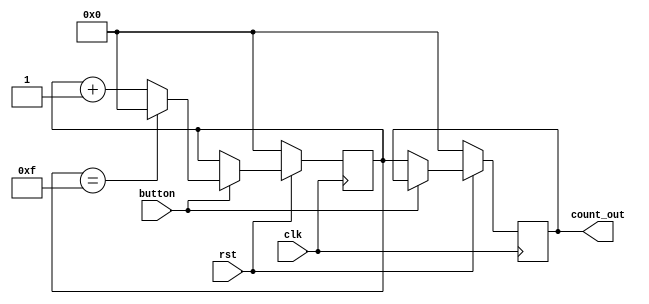
module counter(clk,rst,button,count_out);
input clk,rst,button;
output [3:0] count_out;
reg [3:0]count_out;
reg [3:0]count;
	always@(posedge clk)
	begin
		if(rst==0)
		begin
			count<=4'b0000;
			count_out<=4'b0000;
		end
		else 
		begin
				if(button==1)
				begin
					if(count==4'b1111)
					begin
						count<=4'b0000;
					end
					else
					begin
						count<=count+4'b0001;
					end
				end
				else
				begin
					count_out<=count;
				end
		end
	end
endmodule